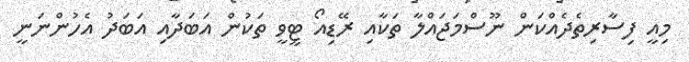
މިއީ ފިސާރިތެދެއްކަން ނޫސްމަޖައްލާ ތަކާއި ރޭޑިއޯ ޓީވީ ތަކުން އަބަދާއި އަބަދު އެހުންނަނީ